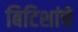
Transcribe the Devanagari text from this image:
बिटिशांचे